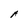
Character: A